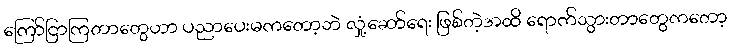
ကြော်ငြာကြတာတွေဟာ ပညာပေးမကတော့ဘဲ လှုံ့ဆော်ရေး ဖြစ်တဲ့အထိ ရောက်သွားတာတွေကတော့